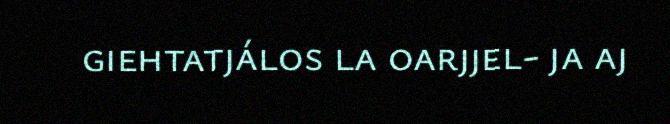
giehtatjálos la oarjjel- ja aj